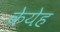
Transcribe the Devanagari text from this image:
केयेह